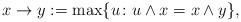
LaTeX: \begin{align*}x \to y := \max\{u\colon u \wedge x = x \wedge y\},\end{align*}